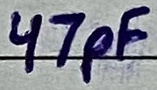
Text: 47pF